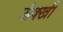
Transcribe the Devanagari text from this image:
ऊंक्खी